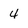
Character: 4